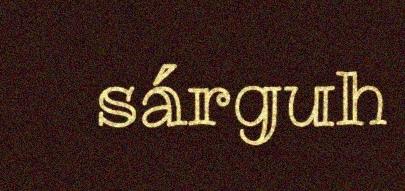
sárguh